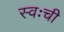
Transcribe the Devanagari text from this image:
स्वःची